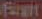
Fight